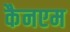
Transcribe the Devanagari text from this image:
कैनएम